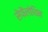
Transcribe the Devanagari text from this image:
सेफैलोथिन